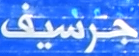
جرسيف